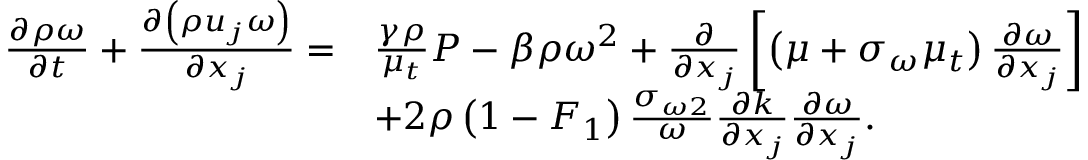
\begin{array} { r l } { \frac { { \partial \rho \omega } } { { \partial t } } + \frac { { \partial \left( { \rho { u _ { j } } \omega } \right) } } { { \partial { x _ { j } } } } = } & { \frac { { \gamma \rho } } { { { \mu _ { t } } } } P - \beta \rho { \omega ^ { 2 } } + \frac { \partial } { { \partial { x _ { j } } } } \left[ { \left( { \mu + { \sigma _ { \omega } } { \mu _ { t } } } \right) \frac { { \partial \omega } } { { \partial { x _ { j } } } } } \right] } \\ & { + 2 \rho \left( { 1 - { F _ { 1 } } } \right) \frac { { { \sigma _ { \omega 2 } } } } { \omega } \frac { { \partial k } } { { \partial { x _ { j } } } } \frac { { \partial \omega } } { { \partial { x _ { j } } } } \mathrm { . } } \end{array}